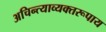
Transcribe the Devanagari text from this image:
अचिन्त्याव्यक्तरूपाय